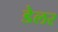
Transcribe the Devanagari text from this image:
डेलर